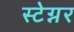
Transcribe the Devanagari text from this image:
स्टेग्नर